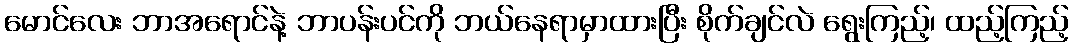
မောင်လေး ဘာအရောင်နဲ့ ဘာပန်းပင်ကို ဘယ်နေရာမှာထားပြီး စိုက်ချင်လဲ ရွေးကြည့်၊ ထည့်ကြည့်